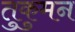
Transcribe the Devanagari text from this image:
तुकुमन